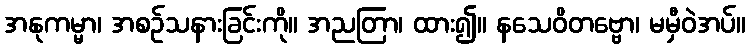
အနုကမ္မာ၊ အစဉ်သနားခြင်းကို။ အညတြာ၊ ထား၍။ နသေဝိတဗ္ဗော၊ မမှီဝဲအပ်။